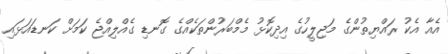
އެއާ އެކު ރައްޔިތުންގެ މަޖިލީހުގެ އިދިކޮޅު މެމްބަރުންތަކެއްގެ ގޮނޑި ގެއްލިއްޖެ ކަމަށް ކަނޑައަޅައި